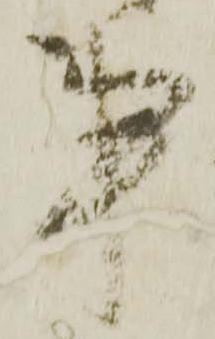
事